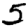
Digit: 5